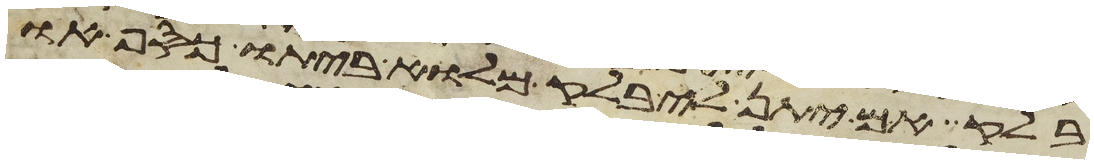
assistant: בלק אם יתן לי בלק מלוא ביתו כסף או